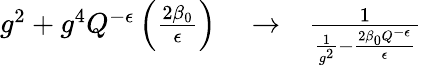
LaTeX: \begin{array}{rlr}{g^{2}+g^{4}Q^{-\epsilon}\left(\frac{2\beta_{0}}{\epsilon}\right)}&{{}\to}&{{\frac{1}{{\frac{1}{g^{2}}}-{\frac{2\beta_{0}Q^{-\epsilon}}{\epsilon}}}}}\end{array}